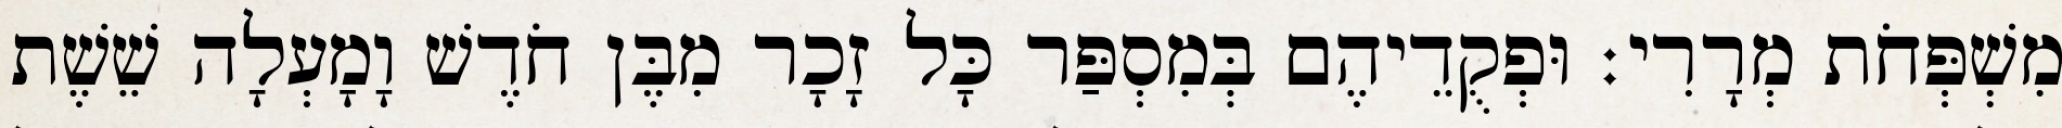
מִשְׁפְּחֹת מְרָרִי׃ וּפְקֻדֵיהֶם בְּמִסְפַּר כָּל זָכָר מִבֶּן חֹדֶשׁ וָמָעְלָה שֵׁשֶׁת